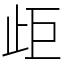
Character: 歫